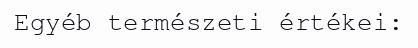
Egyéb természeti értékei: